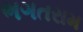
ભગતરામ